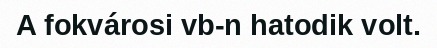
A fokvárosi vb-n hatodik volt.